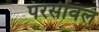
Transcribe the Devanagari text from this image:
परसीवल